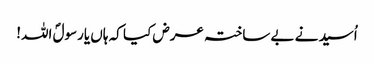
اُسید نے بے ساختہ عرض کیا کہ ہاں یارسولؐ اللہ!